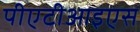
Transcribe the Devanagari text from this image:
पीएटीआइएस